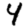
Digit: 4